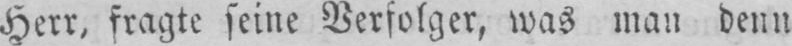
Herr, fragte seine Verfolger, was man denn